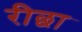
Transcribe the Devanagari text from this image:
रीछा